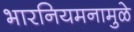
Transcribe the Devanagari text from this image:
भारनियमनामुळे